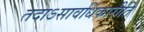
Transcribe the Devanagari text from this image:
तदाऽसावधिकारीति